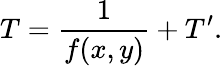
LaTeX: T=\frac{1}{f(x,y)}+T^{\prime}.